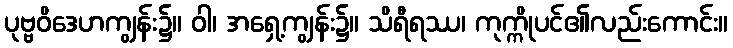
ပုဗ္ဗဝိဒေဟကျွန်း၌။ ဝါ၊ အရှေ့ကျွန်း၌။ သိရီရဿ၊ ကုက္ကိုပင်၏လည်းကောင်း။